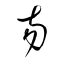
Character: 昜